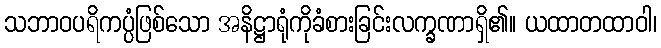
သဘာဝပရိကပ္ပံဖြစ်သော အနိဋ္ဌာရုံကိုခံစားခြင်းလက္ခဏာရှိ၏။ ယထာတထာဝါ၊